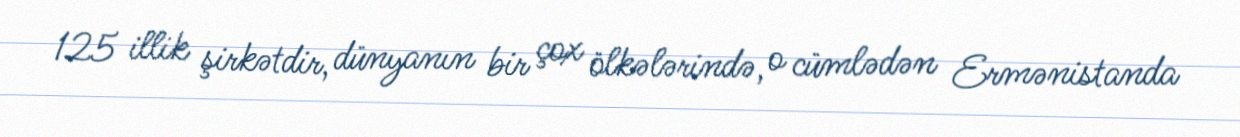
125 illik şirkətdir, dünyanın bir çox ölkələrində, o cümlədən Ermənistanda